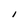
Character: I